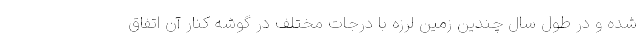
شده و در طول سال چندین زمین لرزه با درجات مختلف در گوشه کنار آن اتفاق